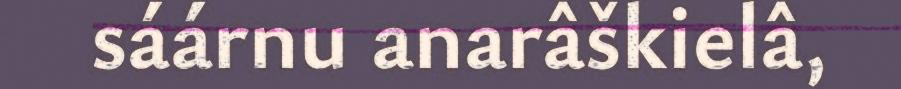
sáárnu anarâškielâ,